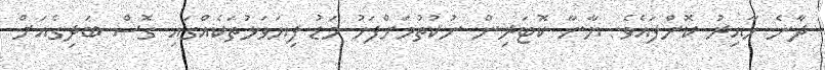
ދާނެ ހާއިރު ކޮށްފައެވެ. ޔާނާ ކޮޓަރިން ނުކުތުމަށްފަހު މަޑު ފިޔަވަޅުތަކެއްގައި ގޮޮސް ބަދިގެއަށް